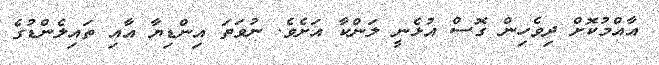
އާއްމުކޮށް ދިވެހިން ގޮސް އުޅެނީ ލަންކާ އަށެވެ. ނުވަތަ އިންޑިޔާ އާއި ތައިލެންޑުގެ